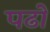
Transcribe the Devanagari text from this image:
पढो